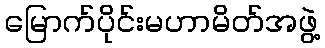
မြောက်ပိုင်းမဟာမိတ်အဖွဲ့